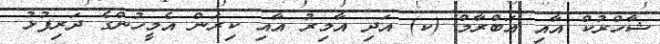
ޝާހްރުކް އާއި އަބްރާމް (ކ) އަދި އާމިރު އާއި ކިރަން އެމީހުންގެ ދަރިފުޅު